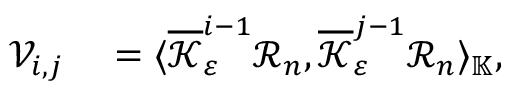
\begin{array} { r l } { \mathcal { V } _ { i , j } } & { { } = \langle \overline { { \mathcal { K } } } _ { \varepsilon } ^ { i - 1 } \mathcal { R } _ { n } , \overline { { \mathcal { K } } } _ { \varepsilon } ^ { j - 1 } \mathcal { R } _ { n } \rangle _ { \mathbb { K } } , } \end{array}